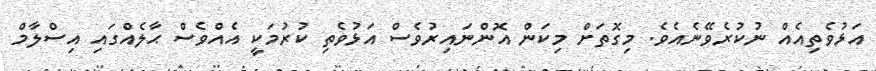
އަޅުވެތިއެއް ނުކުރެވޭނެއެވެ. މިގޮތަށް މިކަން އޮންނައިރުވެސް އަޅުވެތި ކުރުމަކީ އެއްވެސް ޙާލެއްގައި އިސްލާމް